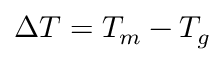
\Delta T = T _ { m } - T _ { g }